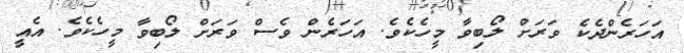
އަހަރެންދެކެ ވަރަށް ލޯބިވާ މީހެކެވެ. އަހަރެން ވެސް ވަރަށް ލޯބިވާ މީހެކެވެ. އެއީ